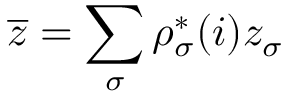
\overline { z } = \sum _ { \sigma } \rho _ { \sigma } ^ { * } ( i ) z _ { \sigma }